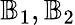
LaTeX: {\mathbb{B}}_{1},{\mathbb{B}}_{2}